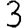
Digit: 3